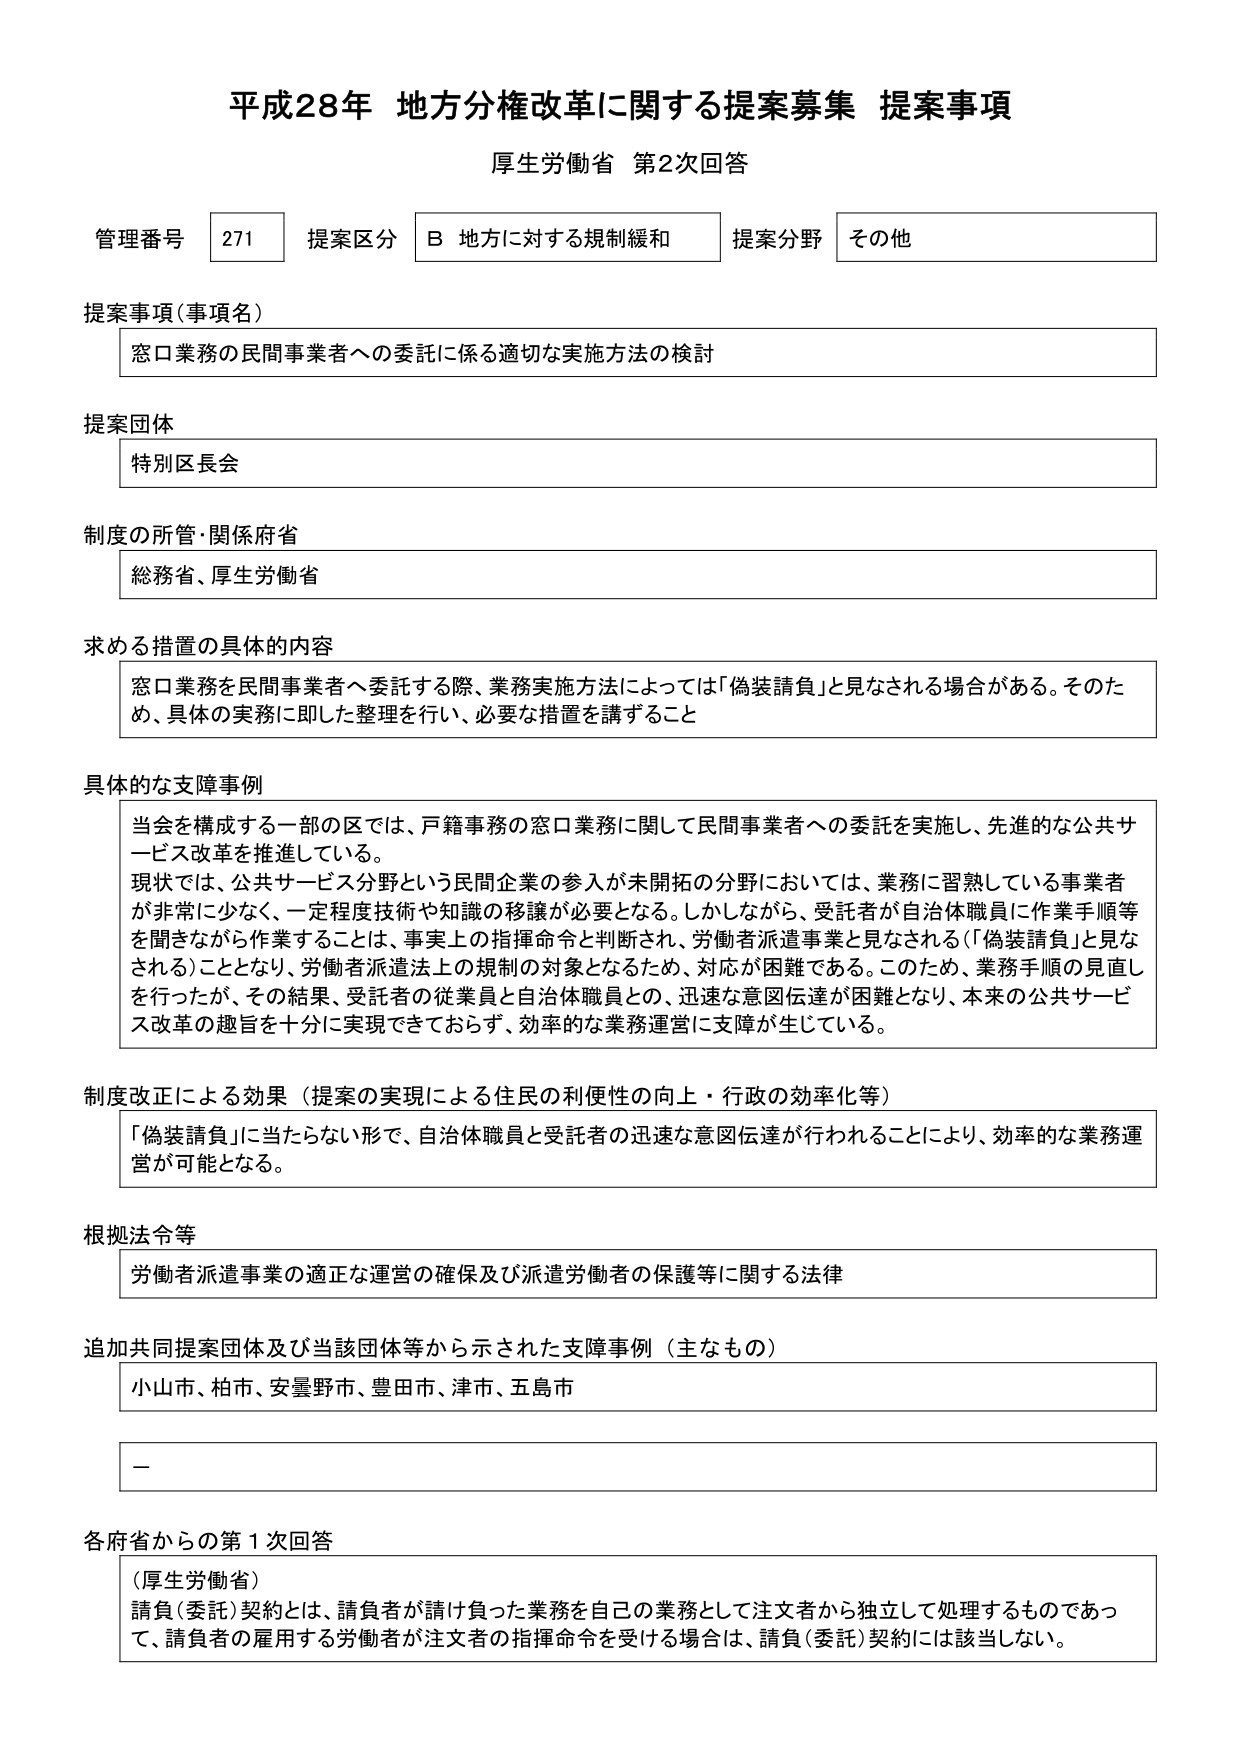
平成28年 地方分権改革に関する提案募集 提案事項
厚生労働省 第2次回答

管理番号 271 提案区分 B 地方に対する規制緩和 提案分野 その他

提案事項（事項名）
窓口業務の民間事業者への委託に係る適切な実施方法の検討

提案団体
特別区長会

制度の所管・関係府省
総務省、厚生労働省

求める措置の具体的内容
窓口業務を民間事業者へ委託する際、業務実施方法によっては「偽装請負」と見なされる場合がある。そのため、具体の実務に即した整理を行い、必要な措置を講ずること

具体的な支障事例
当会を構成する一部の区では、戸籍事務の窓口業務に関して民間事業者への委託を実施し、先進的な公共サービス改革を推進している。
現状では、公共サービス分野という民間企業の参入が未開拓の分野においては、業務に習熟している事業者が非常に少なく、一定程度技術や知識の移譲が必要となる。しかしながら、受託者が自治体職員に作業手順等を聞きながら作業することは、事実上の指揮命令と判断され、労働者派遣事業と見なされる（「偽装請負」と見なされる）こととなり、労働者派遣法上の規制の対象となるため、対応が困難である。このため、業務手順の見直しを行ったが、その結果、受託者の従業員と自治体職員との、迅速な意図伝達が困難となり、本来の公共サービス改革の趣旨を十分に実現できておらず、効率的な業務運営に支障が生じている。

制度改正による効果（提案の実現による住民の利便性の向上・行政の効率化等）
「偽装請負」に当たらない形で、自治体職員と受託者の迅速な意図伝達が行われることにより、効率的な業務運営が可能となる。

根拠法令等
労働者派遣事業の適正な運営の確保及び派遣労働者の保護等に関する法律

追加共同提案団体及び当該団体等から示された支障事例（主なもの）
小山市、柏市、安曇野市、豊田市、津市、五島市

－

各府省からの第1次回答
（厚生労働省）
請負（委託）契約とは、請負者が請け負った業務を自己の業務として注文者から独立して処理するものであって、請負者の雇用する労働者が注文者の指揮命令を受ける場合は、請負（委託）契約には該当しない。